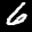
Label: 6